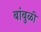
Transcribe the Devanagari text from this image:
बांबुळी